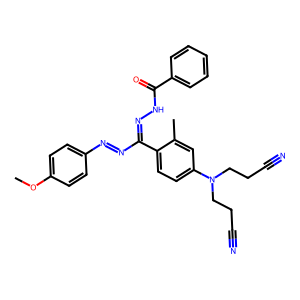
SMILES: COc1ccc(N=NC(=NNC(=O)c2ccccc2)c2ccc(N(CCC#N)CCC#N)cc2C)cc1
Inhibits HIV replication: No